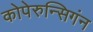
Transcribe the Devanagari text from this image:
कोपेरुन्सिगंन